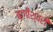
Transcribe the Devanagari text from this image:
बागीश्वरी